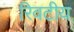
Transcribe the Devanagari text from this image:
रिवटीय